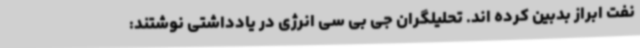
نفت ابراز بدبین کرده اند. تحلیلگران جی بی سی انرژی در یادداشتی نوشتند: